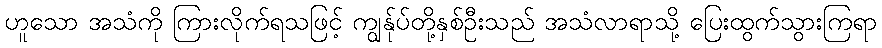
ဟူသော အသံကို ကြားလိုက်ရသဖြင့် ကျွန်ုပ်တို့နှစ်ဦးသည် အသံလာရာသို့ ပြေးထွက်သွားကြရာ